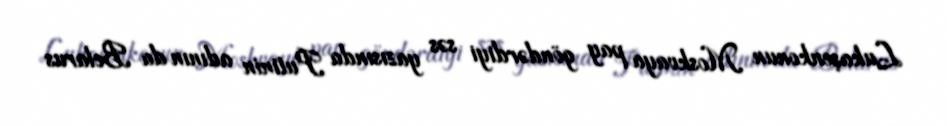
Lukaşenkonun Moskvaya pay göndərdiyi səs yazısında Putinin adının da Belarus